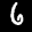
Label: 6